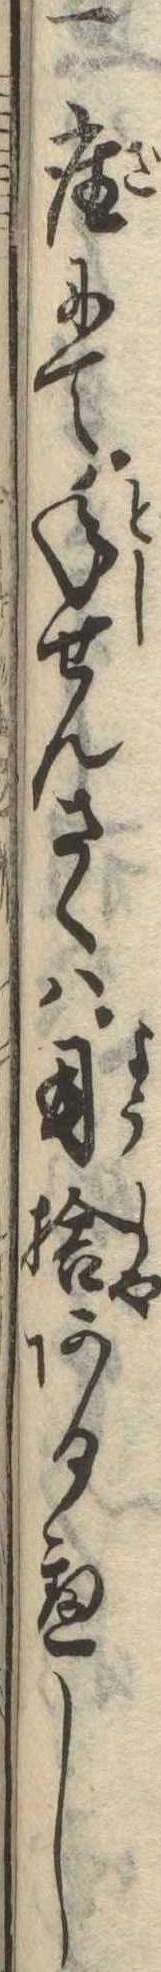
一座にて年せんさくは用捨あるへし